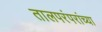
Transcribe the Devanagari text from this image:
तालपरंपरांच्या